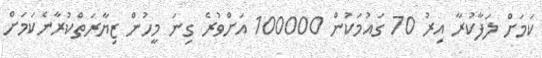
ކަމަށް ލަފާކުރާ އިރު 70 ގައުމަކުން 100000 އަށްވުރެ ގިނަ މީހުން ޒިޔާރަތްކުރާނެކަމަށް